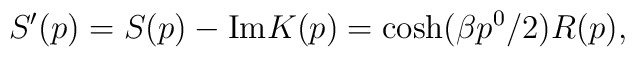
S'(p)=S(p)-{\rm Im}K(p)= \cosh(\beta p^0/2)R(p),